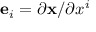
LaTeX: \mathbf { e } _ { i } = \partial \mathbf { x } / \partial x ^ { i }